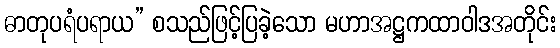
ဓာတုပရံပရာယ” စသည်ဖြင့်ပြခဲ့သော မဟာအဋ္ဌကထာဝါဒအတိုင်း